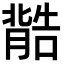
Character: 𮌽